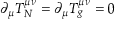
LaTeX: \partial _ { \mu } T _ { N } ^ { \mu \nu } = \partial _ { \mu } T _ { g } ^ { \mu \nu } = 0